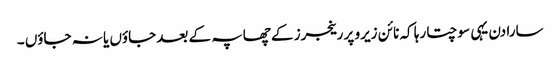
سارا دن یہی سوچتا رہا کہ نائن زیرو پر رینجرز کے چھاپہ کے بعد جاؤں یا نہ جاؤں ۔